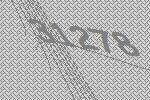
31278